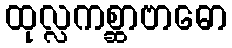
ထုလ္လကစ္ဆာဗာဓော